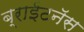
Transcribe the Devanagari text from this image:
ब्राईटनॅस